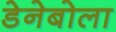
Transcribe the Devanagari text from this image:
डेनेबोला